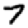
Digit: 7